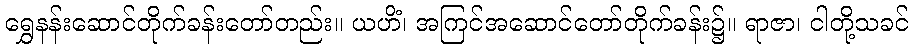
ရွှေနန်းဆောင်တိုက်ခန်းတော်တည်း။ ယဟိံ၊ အကြင်အဆောင်တော်တိုက်ခန်း၌။ ရာဇာ၊ ငါတို့သခင်